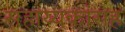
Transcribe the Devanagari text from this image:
सहाय्यकांसह